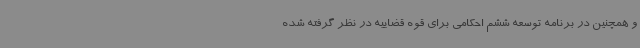
و همچنین در برنامه توسعه ششم احکامی برای قوه قضاییه در نظر گرفته شده